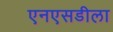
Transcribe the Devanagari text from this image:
एनएसडीला